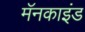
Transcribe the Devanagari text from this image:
मॅनकाइंड